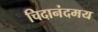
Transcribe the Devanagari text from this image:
चिदानंदमय